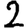
Digit: 2